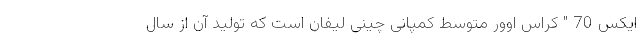
ایکس 70 " کراس اوور متوسط کمپانی چینی لیفان است که تولید آن از سال